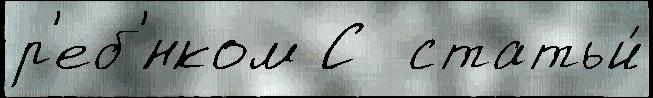
р'еб'́нком С  статьи́